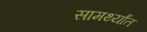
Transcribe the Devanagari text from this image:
सामर्थ्यांत